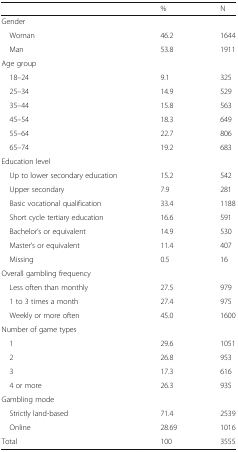
|  | % | N |
 | --- | --- | --- |
 | <COLSPAN=3> Gender |
 | Woman | 46.2 | 1644 |
 | Man | 53.8 | 1911 |
 | <COLSPAN=3> Age group |
 | 18–24 | 9.1 | 325 |
 | 25–34 | 14.9 | 529 |
 | 35–44 | 15.8 | 563 |
 | 45–54 | 18.3 | 649 |
 | 55–64 | 22.7 | 806 |
 | 65–74 | 19.2 | 683 |
 | <COLSPAN=3> Education level |
 | Up to lower secondary education | 15.2 | 542 |
 | Upper secondary | 7.9 | 281 |
 | Basic vocational qualification | 33.4 | 1188 |
 | Short cycle tertiary education | 16.6 | 591 |
 | Bachelor’s or equivalent | 14.9 | 530 |
 | Master’s or equivalent | 11.4 | 407 |
 | Missing | 0.5 | 16 |
 | <COLSPAN=3> Overall gambling frequency |
 | Less often than monthly | 27.5 | 979 |
 | 1 to 3 times a month | 27.4 | 975 |
 | Weekly or more often | 45.0 | 1600 |
 | <COLSPAN=3> Number of game types |
 | 1 | 29.6 | 1051 |
 | 2 | 26.8 | 953 |
 | 3 | 17.3 | 616 |
 | 4 or more | 26.3 | 935 |
 | <COLSPAN=3> Gambling mode |
 | Strictly land-based | 71.4 | 2539 |
 | Online | 28.69 | 1016 |
 | Total | 100 | 3555 |